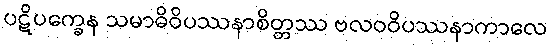
ပဋိပက္ခေန သမာဓိဝိပဿနာစိတ္တဿ ဗလဝဝိပဿနာကာလေ